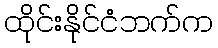
ထိုင်းနိုင်ငံဘက်က